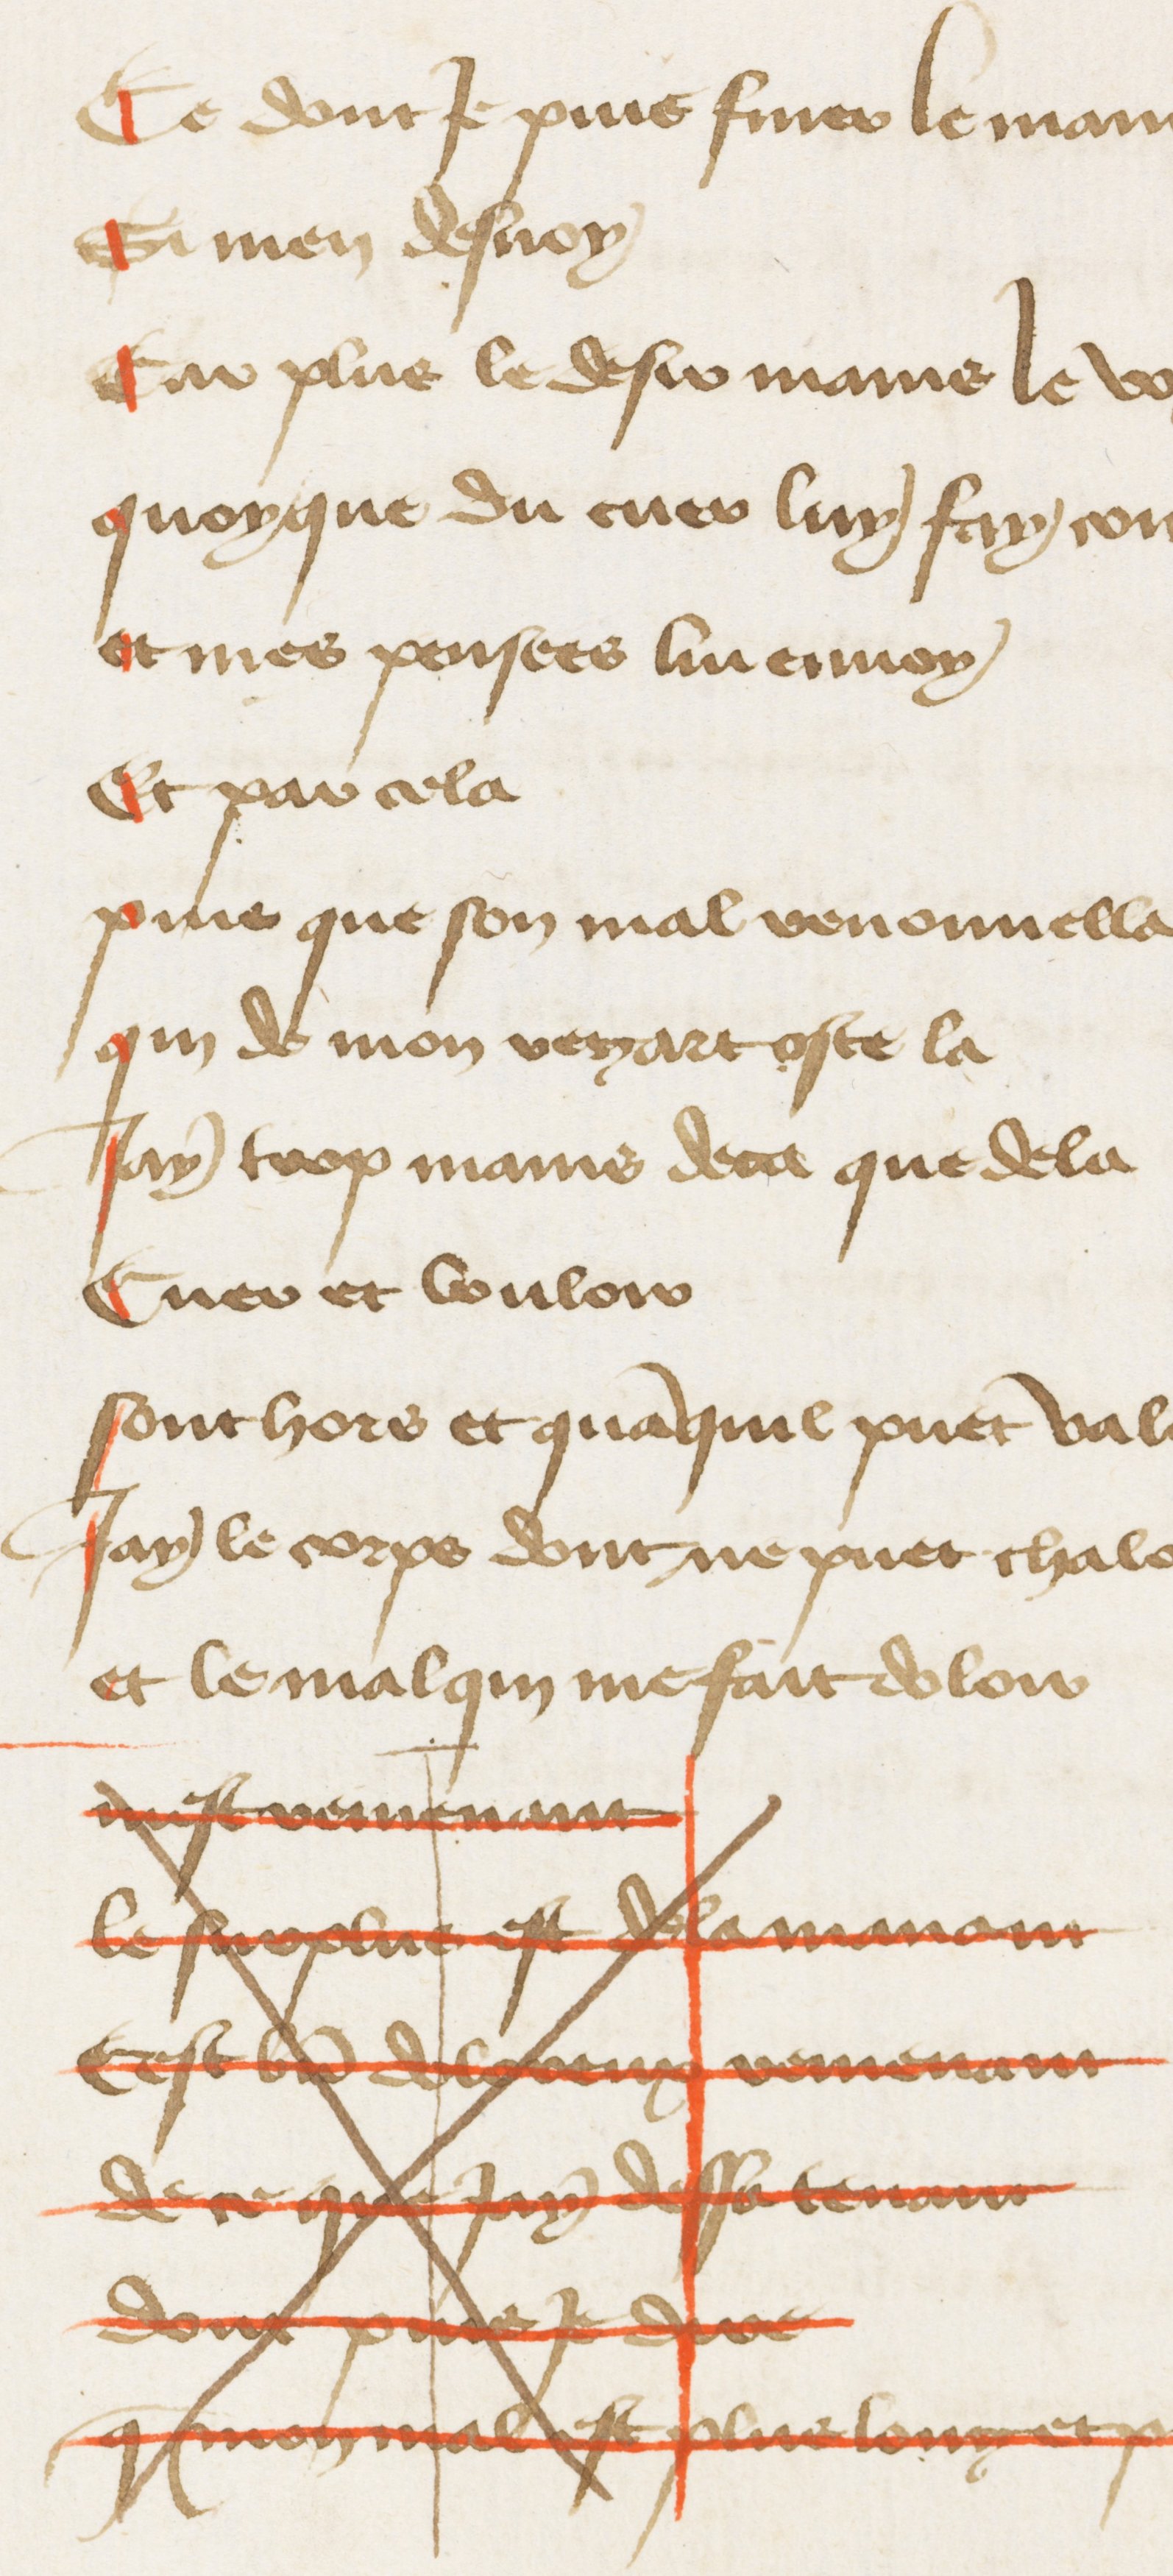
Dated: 1400–1449